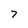
Character: 7